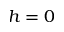
h = 0